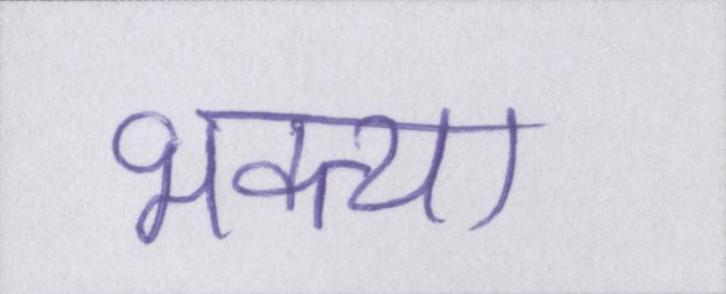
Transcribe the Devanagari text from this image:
भक्त्या